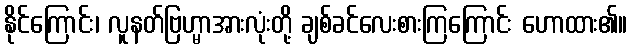
နိုင်ကြောင်း၊ လူနတ်ဗြဟ္မာအားလုံးတို့ ချစ်ခင်လေးစားကြကြောင်း ဟောထား၏။